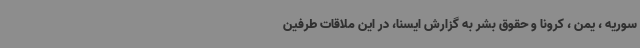
سوریه ، یمن ، کرونا و حقوق بشر به گزارش ایسنا، در این ملاقات طرفین